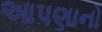
આપણાનો